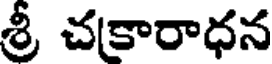
శ్రీ చకారాధన